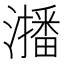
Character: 𭳐